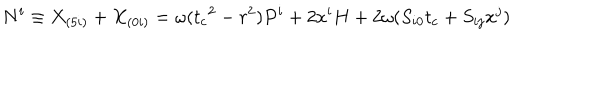
N ^ { i } \equiv X _ { ( 5 i ) } + X _ { ( 0 i ) } = \omega ( { t _ { c } } ^ { 2 } - r ^ { 2 } ) P ^ { i } + 2 x ^ { i } H + 2 \omega ( S _ { i 0 } t _ { c } + S _ { i j } x ^ { j } )